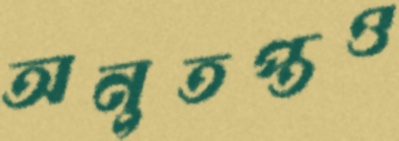
অনুতপ্তও